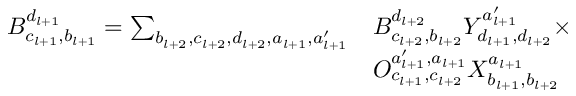
\begin{array} { r l } { B _ { c _ { l + 1 } , b _ { l + 1 } } ^ { d _ { l + 1 } } = \sum _ { b _ { l + 2 } , c _ { l + 2 } , d _ { l + 2 } , a _ { l + 1 } , a _ { l + 1 } ^ { \prime } } } & { B _ { c _ { l + 2 } , b _ { l + 2 } } ^ { d _ { l + 2 } } Y _ { d _ { l + 1 } , d _ { l + 2 } } ^ { a _ { l + 1 } ^ { \prime } } \times } \\ & { O _ { c _ { l + 1 } , c _ { l + 2 } } ^ { a _ { l + 1 } ^ { \prime } , a _ { l + 1 } } X _ { b _ { l + 1 } , b _ { l + 2 } } ^ { a _ { l + 1 } } } \end{array}